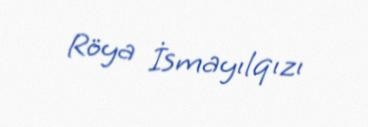
Röya İsmayılqızı